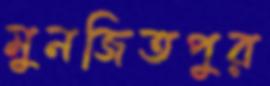
মুনজিতপুর